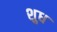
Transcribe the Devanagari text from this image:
शुध